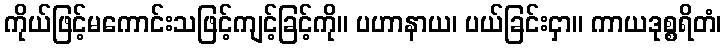
ကိုယ်ဖြင့်မကောင်းသဖြင့်ကျင့်ခြင့်ကို။ ပဟာနာယ၊ ပယ်ခြင်းငှာ။ ကာယဒုစ္စရိတံ၊